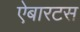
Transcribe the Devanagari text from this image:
ऐबारटस